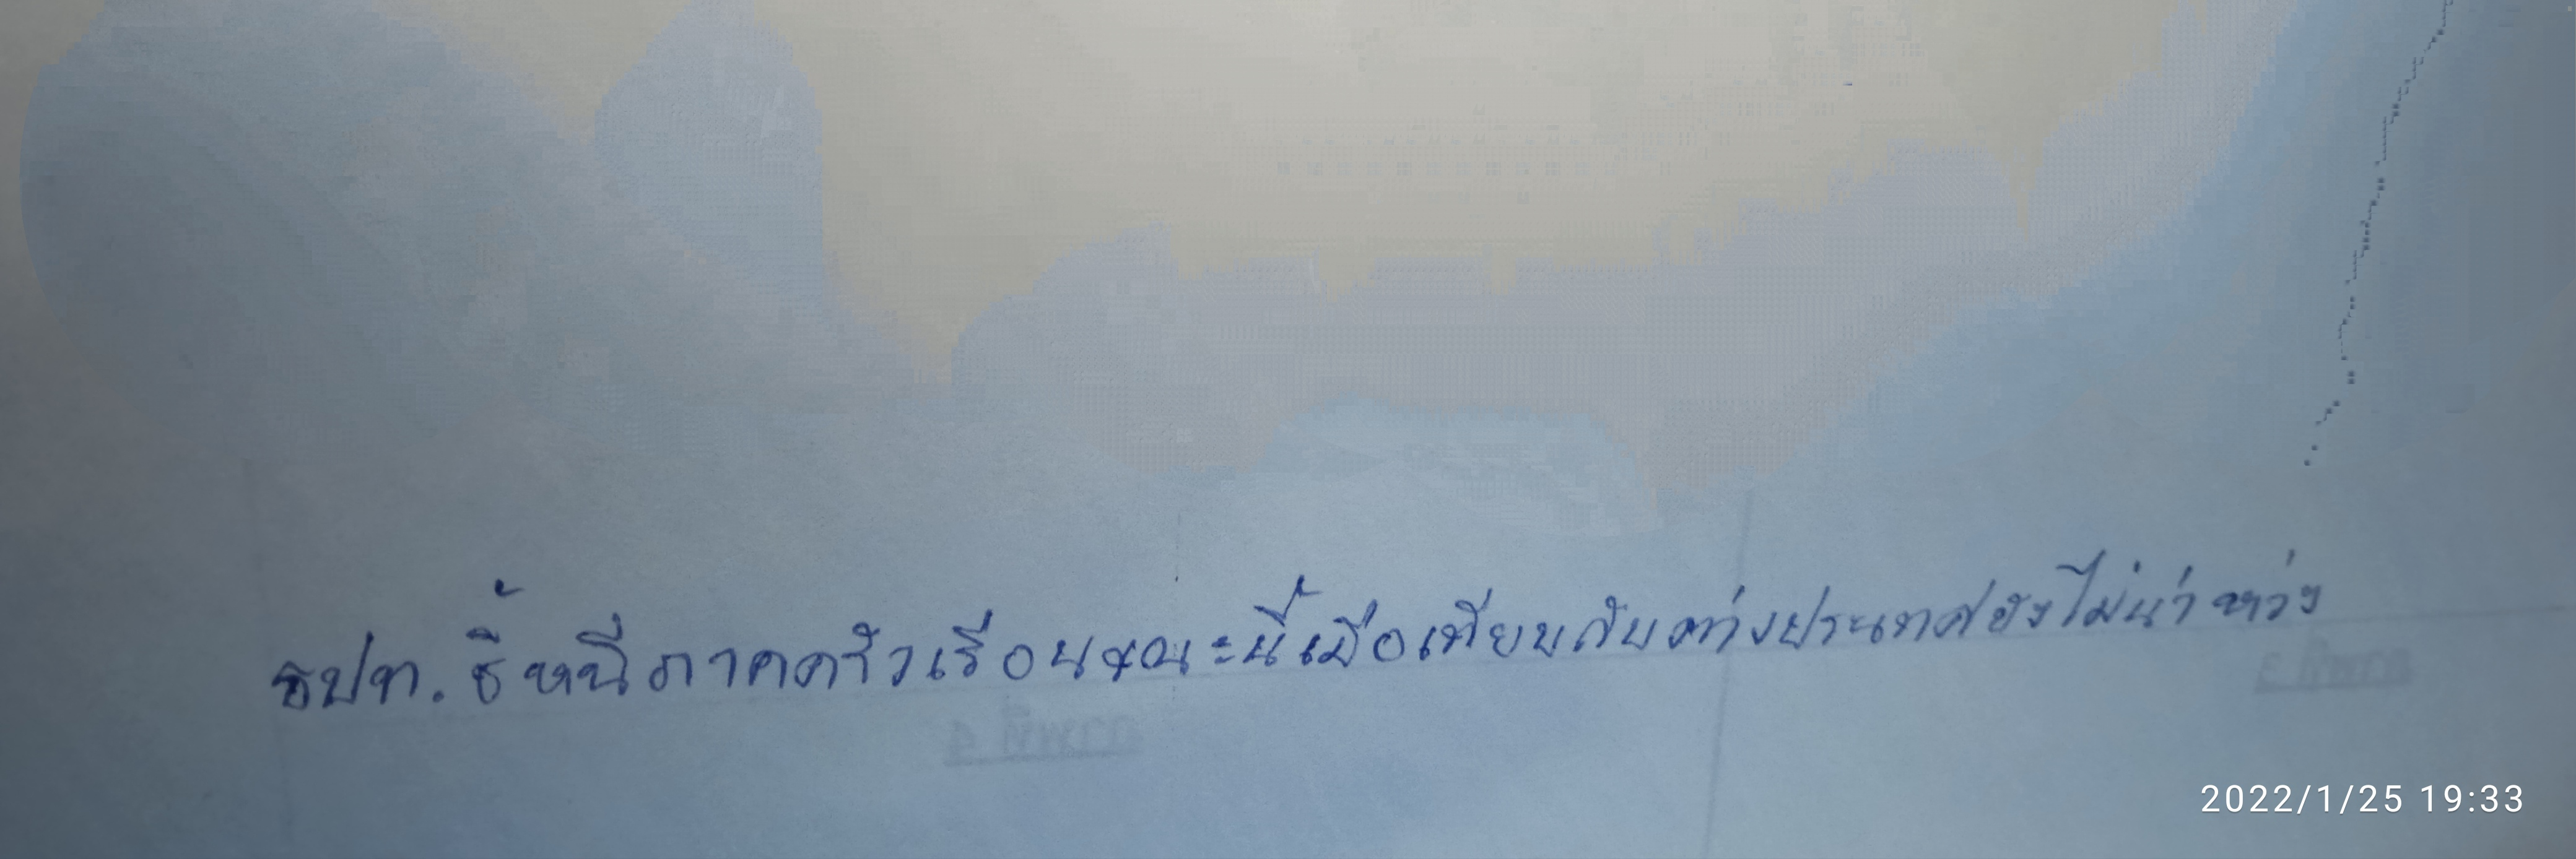
ธปท.ชี้หนี้ภาคครัวเรือนขณะนี้เมื่อเทียบกับต่างประเทศยังไม่น่าห่วง